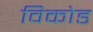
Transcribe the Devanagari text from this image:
विकोड